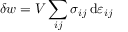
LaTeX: \delta w = V \sum _ { i j } \sigma _ { i j } \, \mathrm { d } \varepsilon _ { i j }